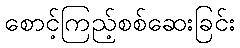
စောင့်ကြည့်စစ်ဆေးခြင်း